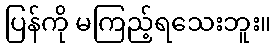
ပြန်ကို မကြည့်ရသေးဘူး။